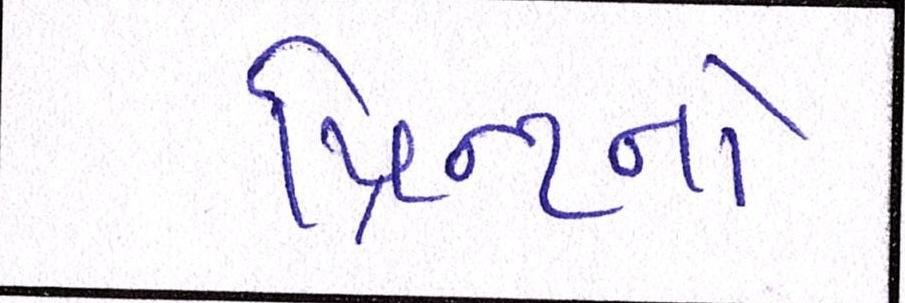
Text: પ્રિન્ટનો